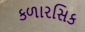
કળારસિક